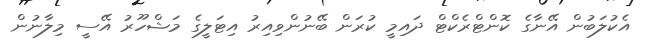
އެކުލަބުން އޭނާގެ ކޮންޓްރެކްޓް ދައިމީ ކުރަން ބޭނުންވިއިރު އިޓަލީގެ މަޝްހޫރު އޭސީ މިލާނުން